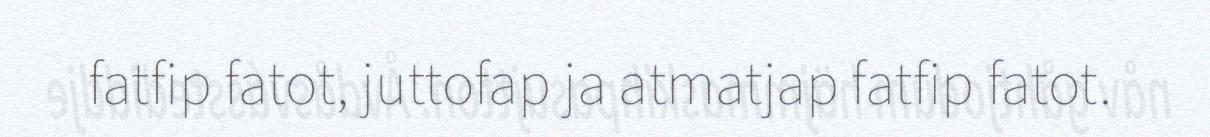
fatfip fatot, juttofap ja atmatjap fatfip fatot.